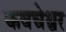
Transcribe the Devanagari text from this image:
कवचेश्वर